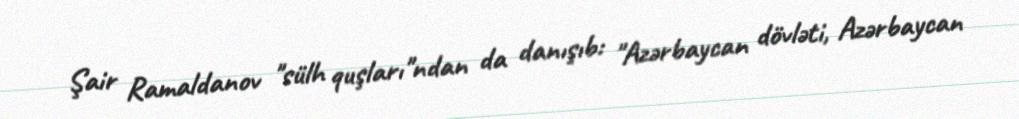
Şair Ramaldanov "sülh quşları"ndan da danışıb: "Azərbaycan dövləti, Azərbaycan